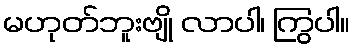
မဟုတ်ဘူးဗျို လာပါ၊ ကြွပါ။